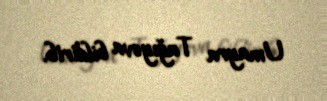
Umayra Tağıyeva bildirib.